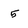
Character: 5